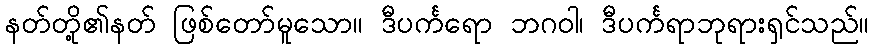
နတ်တို့၏နတ် ဖြစ်တော်မူသော။ ဒီပင်္ကရော ဘဂဝါ၊ ဒီပင်္ကရာဘုရားရှင်သည်။